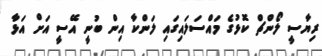
ރިޔާސީ ލޯންޗް ކޮޅުގެ މައްސަލައިގައި ލަންކާ އިން ބުނީ އޭސީ އަށް އަޅާ